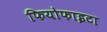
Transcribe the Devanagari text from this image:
फियोफाइटा